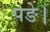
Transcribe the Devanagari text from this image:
पङे।